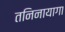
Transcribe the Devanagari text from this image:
तनिनायागा